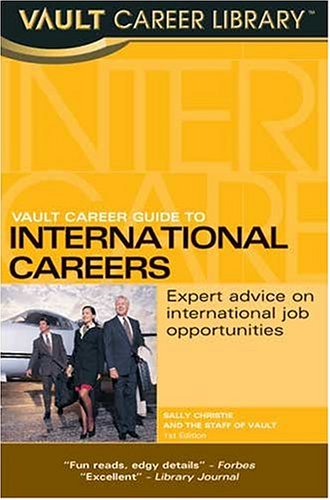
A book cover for Vault Guide to International Careers; Sally Christie; Business & Money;